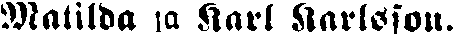
Matilda ja Karl Karlsson.